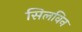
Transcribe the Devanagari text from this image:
सिलविन